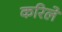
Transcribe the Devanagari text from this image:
करिले